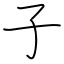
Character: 子